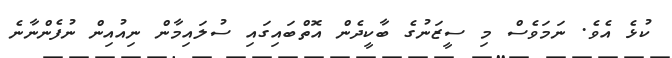
ކުޅެ އެވެ. ނަމަވެސް މި ސީޒަނުގެ ބާކީދެން އޮތްބައިގައި ސުލައިމާން ނިއުއިން ނުފެންނާނެ